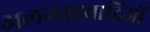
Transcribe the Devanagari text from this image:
अलगाववादिओं